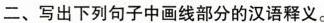
二、写出下列句子中画线部分的汉语释义.。